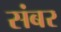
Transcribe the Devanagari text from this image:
संबर